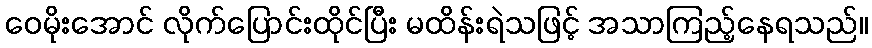
ဝေမိုးအောင် လိုက်ပြောင်းထိုင်ပြီး မထိန်းရဲသဖြင့် အသာကြည့်နေရသည်။